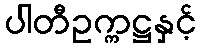
ပါတီဥက္ကဋ္ဌနှင့်